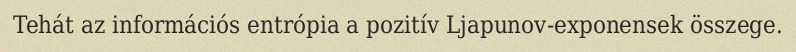
Tehát az információs entrópia a pozitív Ljapunov-exponensek összege.